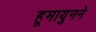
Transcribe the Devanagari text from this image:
हूमायुनने